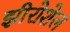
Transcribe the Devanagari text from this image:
झीरोशेल